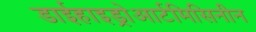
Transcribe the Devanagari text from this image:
डाईहाइड्रोआर्टमिसिनीन